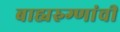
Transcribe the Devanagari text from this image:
बाह्यरुग्णांची